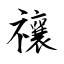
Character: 禳